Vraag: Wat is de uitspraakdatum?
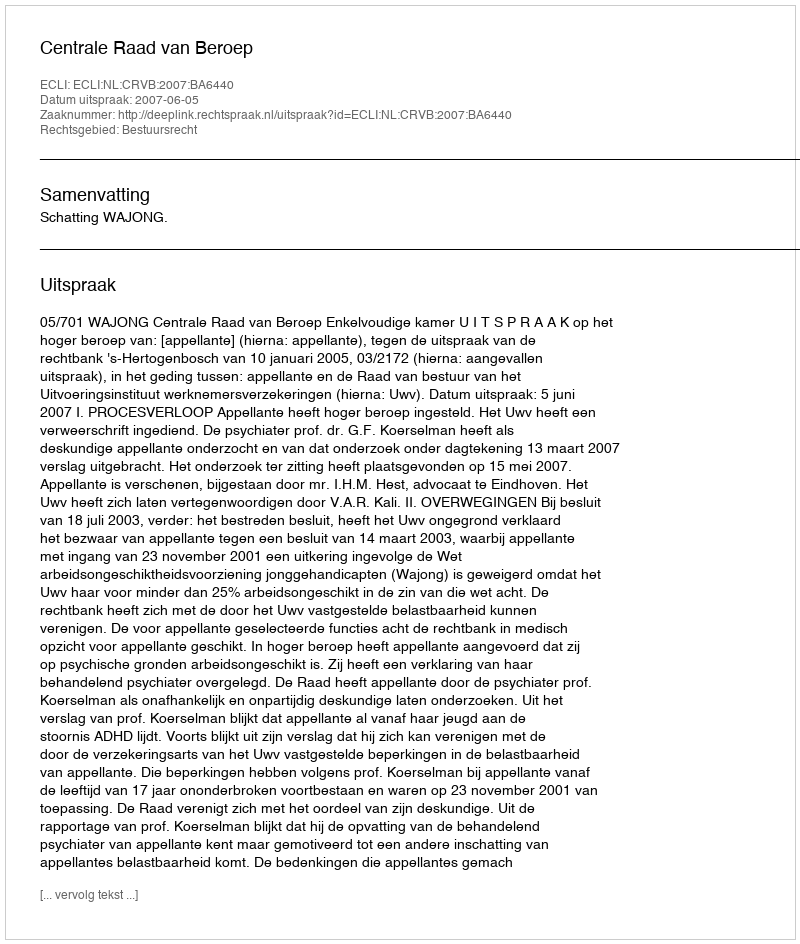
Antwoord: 2007-06-05